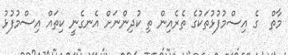
މާތް  ގެ އިސްމުފުޅުތަކުގެ ތެރެއިން ތި ކުދިންނަށް އެނގެނީ ކިތައް އިސްމުފުޅު